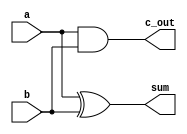
module half_add(input a, 
		input b, 
		output sum, 
		output c_out);

xor (sum, a, b);
and (c_out, a, b);
endmodule

module full_add(input a,
		input b,
		input c_in,
		output c_out,
		output sum);

	wire w1, w2, w3;

half_add h1(a, b, w1, w2);
half_add h2(c_in, w1, sum, w3);
or (c_out, w2, w3);
endmodule


module Add_rca_4 (output [3:0] sum,
			output c_out,
			input [3:0] a, b,
			input c_in);

	wire w1, w2, w3;

full_add M1 (a[0], b[0], c_in, w1, sum[0]);
full_add M2 (a[1], b[1], w1, w2, sum[1]);
full_add M3 (a[2], b[2], w2, w3, sum[2]);
full_add M4 (a[3], b[3], w3, c_out, sum[3]);

endmodule

module Add_rca_16 (output [15:0] sum,
			output c_out,
			input [15:0] a, b,
			input c_in);

	wire c_in4, c_in8, c_in12;

Add_rca_4 M1(sum[3:0], c_in4, a[3:0], b[3:0], c_in);
Add_rca_4 M2(sum[7:4], c_in8, a[7:4], b[7:4], c_in4);
Add_rca_4 M3(sum[11:8], c_in12, a[11:8], b[11:8], c_in8);
Add_rca_4 M4(sum[15:12], c_out, a[15:12], b[15:12], c_in12);

endmodule


module Add_rca_16_test;
	wire [15:0] sum;
	wire c_out;
	reg [15:0] a, b;
	reg c_in;
	integer i, j, k;

Add_rca_16 Add_rca_16(sum, c_out, a, b, c_in);

initial
begin
for(i = 0; i <= 15; i = i + 1)
	for(j = 0; j <= 15; j = j + 1)
		for(k = 0; k <= 15; k = k + 1)
			begin 
			a = i; b = j; c_in = k;
			#50000;
			end
		$stop;
	end
endmodule